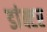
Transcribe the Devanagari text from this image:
डांक्टर